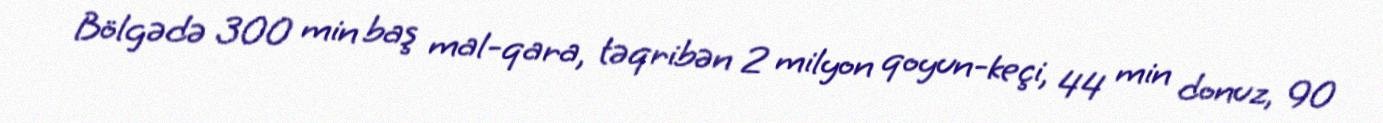
Bölgədə 300 min baş mal-qara, təqribən 2 milyon qoyun-keçi, 44 min donuz, 90